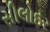
સીલોદર